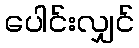
ပေါင်းလျှင်